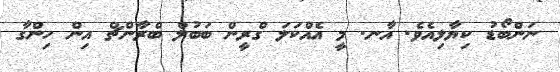
ނަންބޯޑު ކިޔާލިއެވެ. އާނ. މީ އެއްކަލަ ގްރީން ބަބުލް ބްރާންޗް އިން ހިންގާ